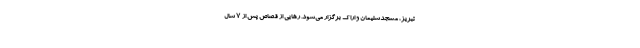
تبریز، مسجدسلیمان و اراک برگزار می‌شود. رهایی از قصاص پس از 7 سال